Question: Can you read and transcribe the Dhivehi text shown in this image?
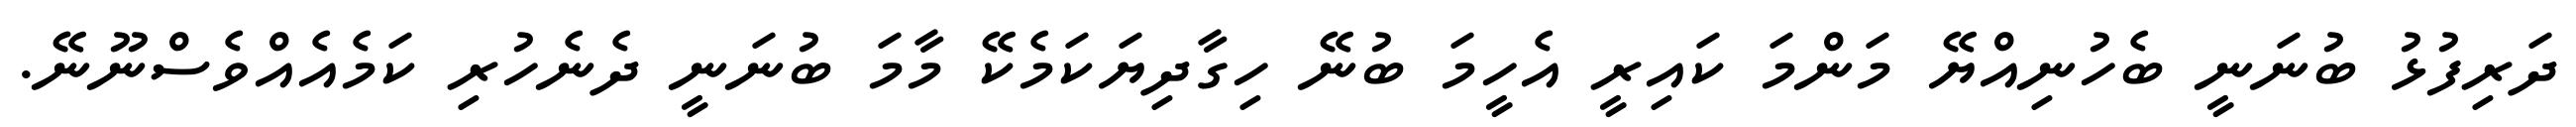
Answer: ދަރިފުޅު ބުނަނީ ބެހުނިއްޔޭ މަންމަ ކައިރީ އެހީމަ ބުނޭ ހިގާދިޔަކަމެކޭ މާމަ ބުނަނީ ދެނެހުރި ކަމެއެއްވެސްނޫނޭ.